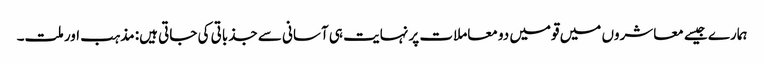
ہمارے جیسے معاشروں میں قومیں دو معاملات پر نہایت ہی آسانی سے جذباتی کی جاتی ہیں: مذہب اور ملت۔